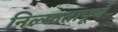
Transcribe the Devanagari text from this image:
निल्मातापूर्ण